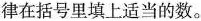
律在括号里填上适当的数。